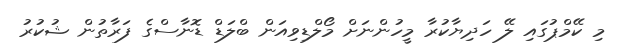
މި ކޭމްޕުގައި ލޭ ހަދިޔާކުރާ މީހުންނަށް މޯލްޑިވިއަން ބްލަޑް ޑޮނާސްގެ ފަރާތުން ޝުކުރު